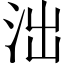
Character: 泏